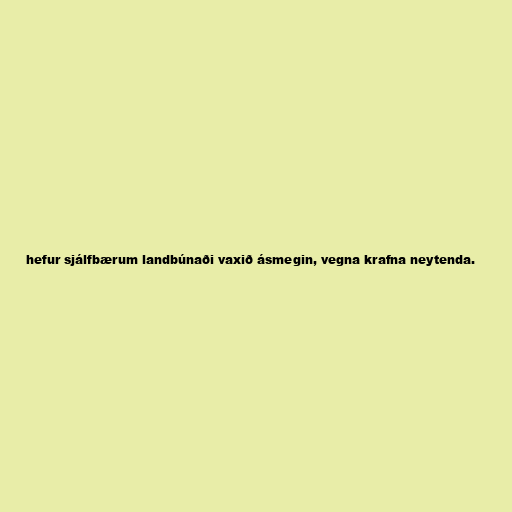
hefur sjálfbærum landbúnaði vaxið ásmegin, vegna krafna neytenda.